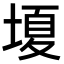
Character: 𡏘